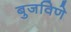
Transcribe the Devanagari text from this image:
बुजविणे